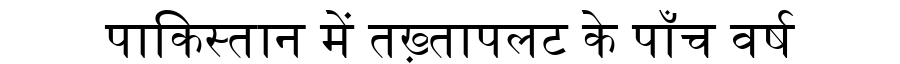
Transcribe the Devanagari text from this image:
पाकिस्तान में तख़्तापलट के पाँच वर्ष